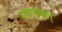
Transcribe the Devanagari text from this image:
हकायकुल्